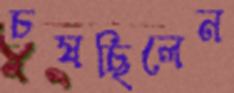
চষছিলেন